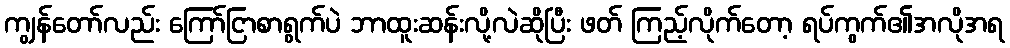
ကျွန်တော်လည်း ကြော်ငြာစာရွက်ပဲ ဘာထူးဆန်းလို့လဲဆိုပြီး ဖတ် ကြည့်လိုက်တော့ ရပ်ကွက်၏အလိုအရ